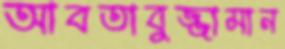
আবতাবুজ্জামান